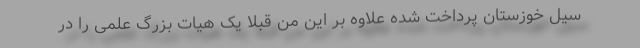
سیل خوزستان پرداخت شده علاوه بر این من قبلا یک هیات بزرگ علمی را در